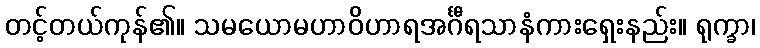
တင့်တယ်ကုန်၏။ သမယောမဟာဝိဟာရအင်္ဂီရသာနံကားရှေးနည်း။ ရုက္ခာ၊